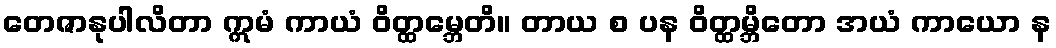
တေဇာနုပါလိတာ ဣမံ ကာယံ ဝိတ္ထမ္ဘေတိ။ တာယ စ ပန ဝိတ္ထမ္ဘိတော အယံ ကာယော န